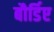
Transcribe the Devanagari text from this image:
बौर्डिए